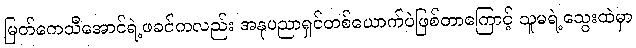
မြတ်ကေသီအောင်ရဲ့ဖခင်ကလည်း အနုပညာရှင်တစ်ယောက်ပဲဖြစ်တာကြောင့် သူမရဲ့သွေးထဲမှာ